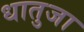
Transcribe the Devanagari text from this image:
धातुजा